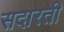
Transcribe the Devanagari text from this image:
सदारती